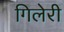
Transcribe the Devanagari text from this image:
गिलेरी